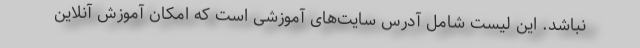
نباشد. این لیست شامل آدرس سایت‌های آموزشی است که امکان آموزش آنلاین